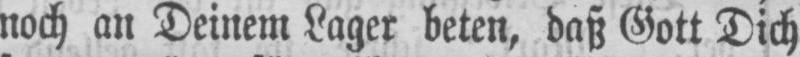
noch an Deinem Lager beten, daß Gott Dich